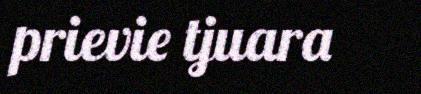
prievie tjuara